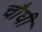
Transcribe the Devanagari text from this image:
चौघी